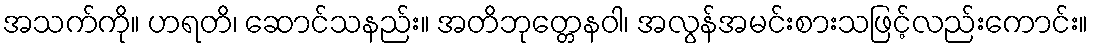
အသက်ကို။ ဟရတိ၊ ဆောင်သနည်း။ အတိဘုတ္တေနဝါ၊ အလွန်အမင်းစားသဖြင့်လည်းကောင်း။